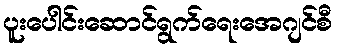
ပူးပေါင်းဆောင်ရွက်ရေးအေဂျင်စီ